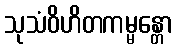
သုသံဝိဟိတကမ္မန္တော